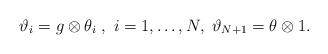
LaTeX: \begin{align*}\vartheta_{i}=g\otimes \theta_{i}\; ,\ i=1,\dots ,N, \;\vartheta_{N+1}=\theta\otimes 1 .\end{align*}